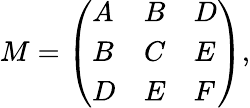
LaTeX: M=\left({\begin{array}{lll}{A}&{B}&{D}\\ {B}&{C}&{E}\\ {D}&{E}&{F}\end{array}}\right),